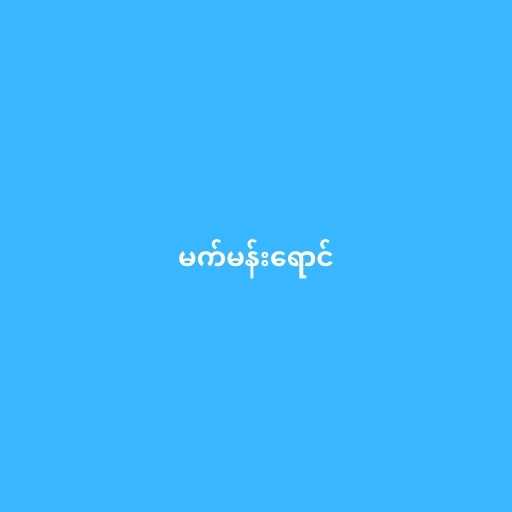
မက်မန်းရောင်